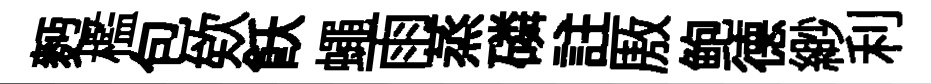
麪檻包欸飫蠅雨蒸磷註厫鲍德緲利